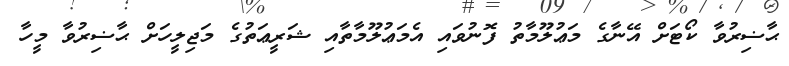
ޙާޟިރުވާ ކޯޓަށް އޭނާގެ މަޢުލޫމާތު ފޮނުވައި އެމަޢުލޫމާތާއި ޝަރީޢަތުގެ މަޖިލީހަށް ޙާޟިރުވާ މީހާ